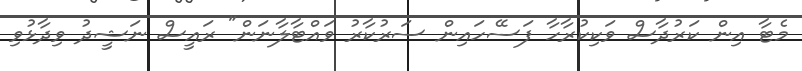
މެޓާ އިން ކަރުދާސް ވަކިކުރާހާ ފަސޭހައިން ސަރުކާރު ވައްޓާލާނަން" ރައީސް ނަޝީދު ވިދާޅުވި